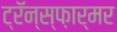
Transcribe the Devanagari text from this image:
ट्रॅन्स्फ़ार्मर